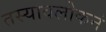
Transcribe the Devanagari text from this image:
तस्यावलोकनं